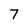
Character: 7